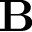
\textbf { B }